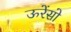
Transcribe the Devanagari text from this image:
ऊरेंसो